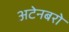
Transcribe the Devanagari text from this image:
अटेनबरो